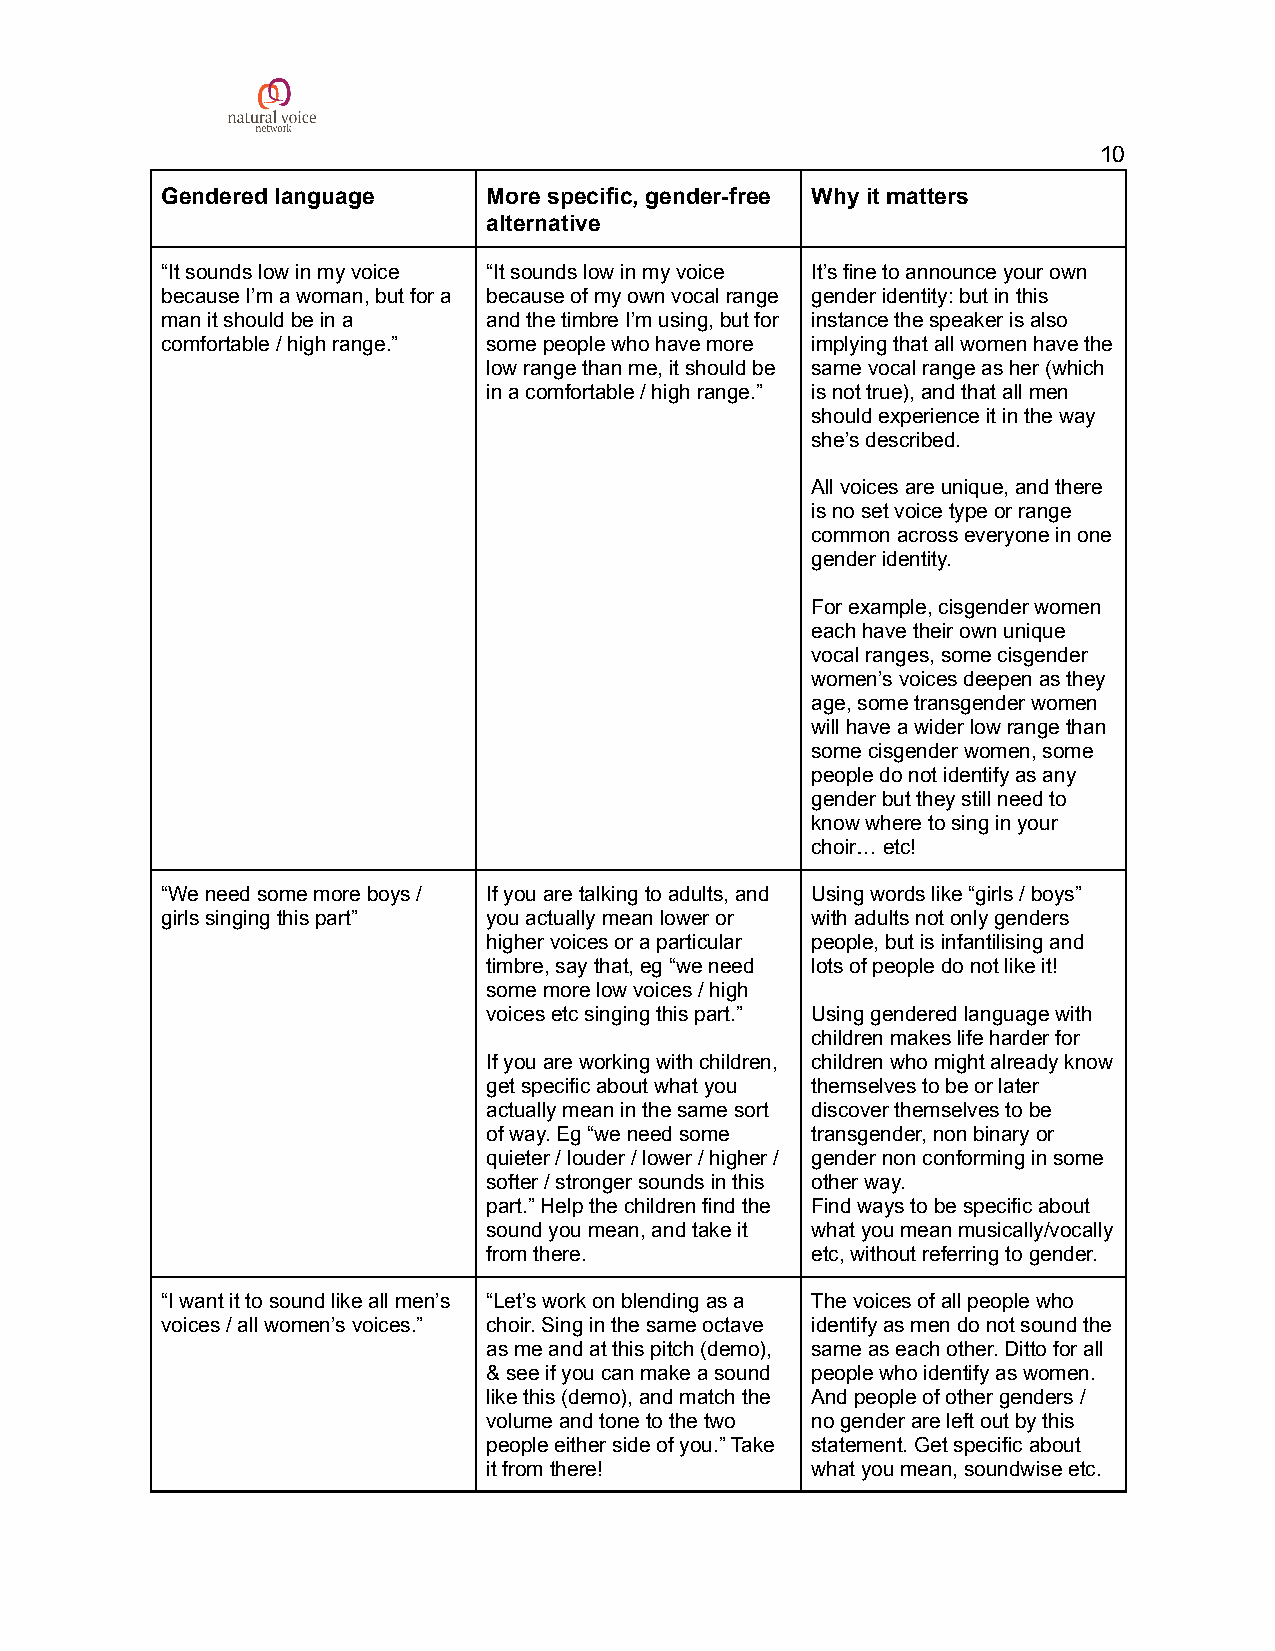
10
 Gendered language    More specific, gender-free Why it matters
 alternative
 “It sounds low in my voice “It sounds low in my voice It’s fine to announce your own
 because I’m a woman, but for a because of my own vocal range gender identity: but in this
 man it should be in a and the timbre I’m using, but for instance the speaker is also
 comfortable / high range.” some people who have more implying that all women have the
 low range than me, it should be same vocal range as her (which
 in a comfortable / high range.” is not true), and that all men
 should experience it in the way
 she’s described.
 All voices are unique, and there
 is no set voice type or range
 common across everyone in one
 gender identity.
 For example, cisgender women
 each have their own unique
 vocal ranges, some cisgender
 women’s voices deepen as they
 age, some transgender women
 will have a wider low range than
 some cisgender women, some
 people do not identify as any
 gender but they still need to
 know where to sing in your
 choir… etc!
 “We need some more boys / If you are talking to adults, and Using words like “girls / boys”
 girls singing this part” you actually mean lower or with adults not only genders
 higher voices or a particular people, but is infantilising and
 timbre, say that, eg “we need lots of people do not like it!
 some more low voices / high
 voices etc singing this part.” Using gendered language with
 children makes life harder for
 If you are working with children, children who might already know
 get specific about what you themselves to be or later
 actually mean in the same sort discover themselves to be
 of way. Eg “we need some transgender, non binary or
 quieter / louder / lower / higher / gender non conforming in some
 softer / stronger sounds in this other way.
 part.” Help the children find the Find ways to be specific about
 sound you mean, and take it what you mean musically/vocally
 from there.           etc, without referring to gender.
 “I want it to sound like all men’s “Let’s work on blending as a The voices of all people who
 voices / all women’s voices.” choir. Sing in the same octave identify as men do not sound the
 as me and at this pitch (demo), same as each other. Ditto for all
 & see if you can make a sound people who identify as women.
 like this (demo), and match the And people of other genders /
 volume and tone to the two no gender are left out by this
 people either side of you.” Take statement. Get specific about
 it from there!        what you mean, soundwise etc.